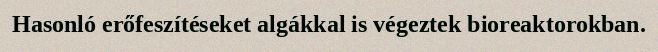
Hasonló erőfeszítéseket algákkal is végeztek bioreaktorokban.